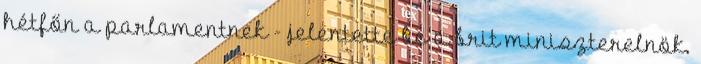
hétfőn a parlamentnek - jelentette be a brit miniszterelnök.